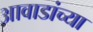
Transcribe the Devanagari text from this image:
आवाडांच्या